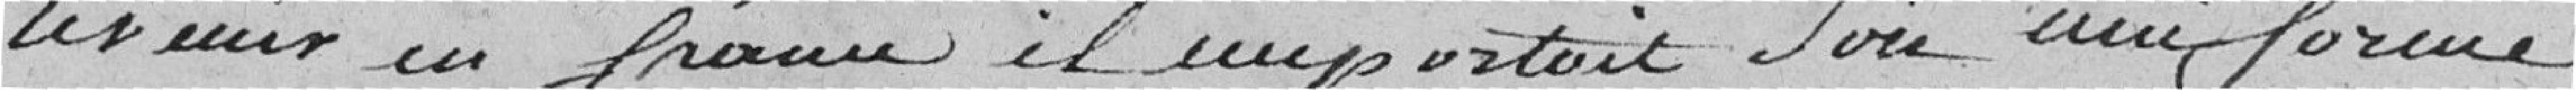
revenir en France il emportait son uniforme,